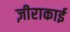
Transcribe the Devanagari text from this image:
ज़ीराकाई